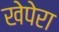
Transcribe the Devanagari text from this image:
खेपेरा